Eesti_Vabariigi_Tartu_Ulikool, lk 2
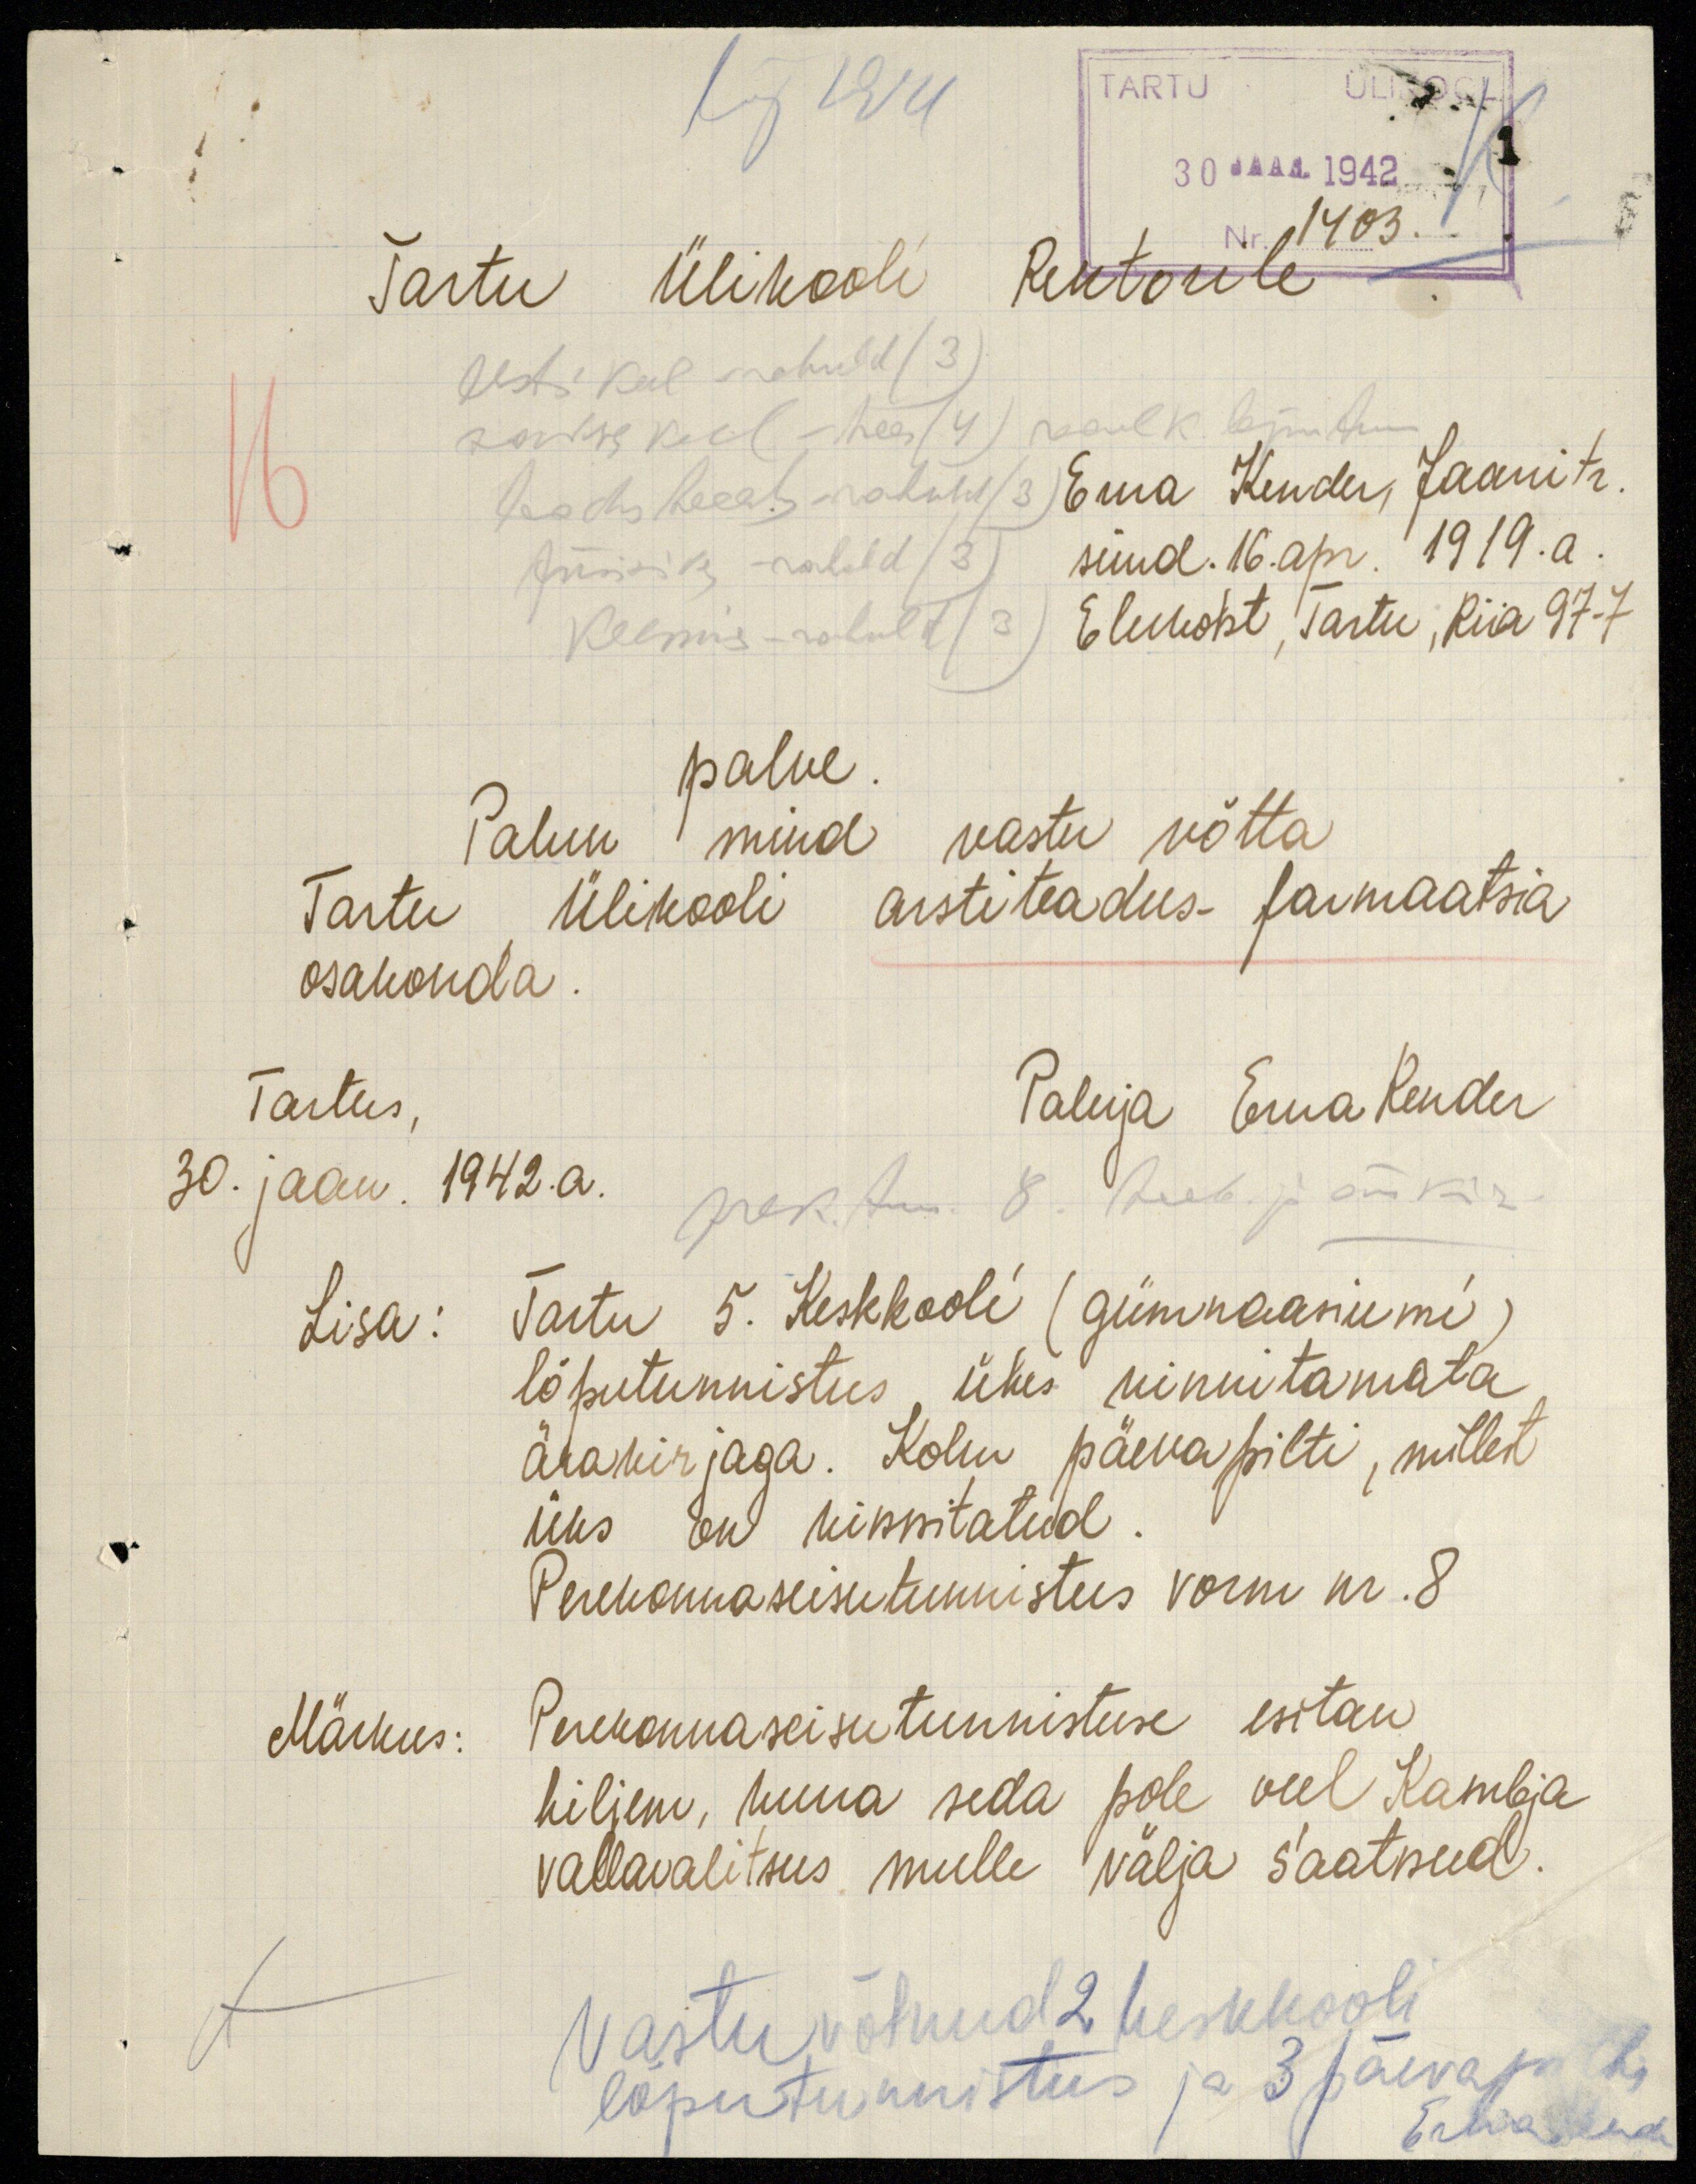
TARTU ÜLIKOOL
lõp 1914
30 JAAN. 1942
Nr 1403.
Tartu Ülikooli Rektorile
eesti keel rahuld (3)
saksa keel - hea (4) reaalk. lõputun
loodustead. rahuld (3)
füüsika - rahuld (3)
keemia - rahuld (3)
Erna Kender, Jaani tr.
sünd. 16. apr. 1919. a.
Elukoht, Tartu, Riia 97-7
palve.
Palun mind vastu võtta
Tartu Ülikooli arstiteadus- farmaatsia
osakonda.
Tartus,
30. jaan. 1942.a.
Paluja Erna Kender
prek.tun. 8 veeb. ja ärakiri
Lisa: Tartu 5. Keskkooli (gümnaasiumi)
lõputunnistus ühes kinnitamata
ärakirjaga. Kolm päevapilti, millest
üks on kinnitatud.
Perekonnaseisutunnistus vorm nr .8
Märkus:
Perekonnaseisutunnistuse esitan
hiljem, tuua seda pole veel Kambja
vallavalitsus mulle välja saatnud.
Vastu võtnud 2 keskkooli
lõputunnistus ja 3 päevapilti
Erna Kende